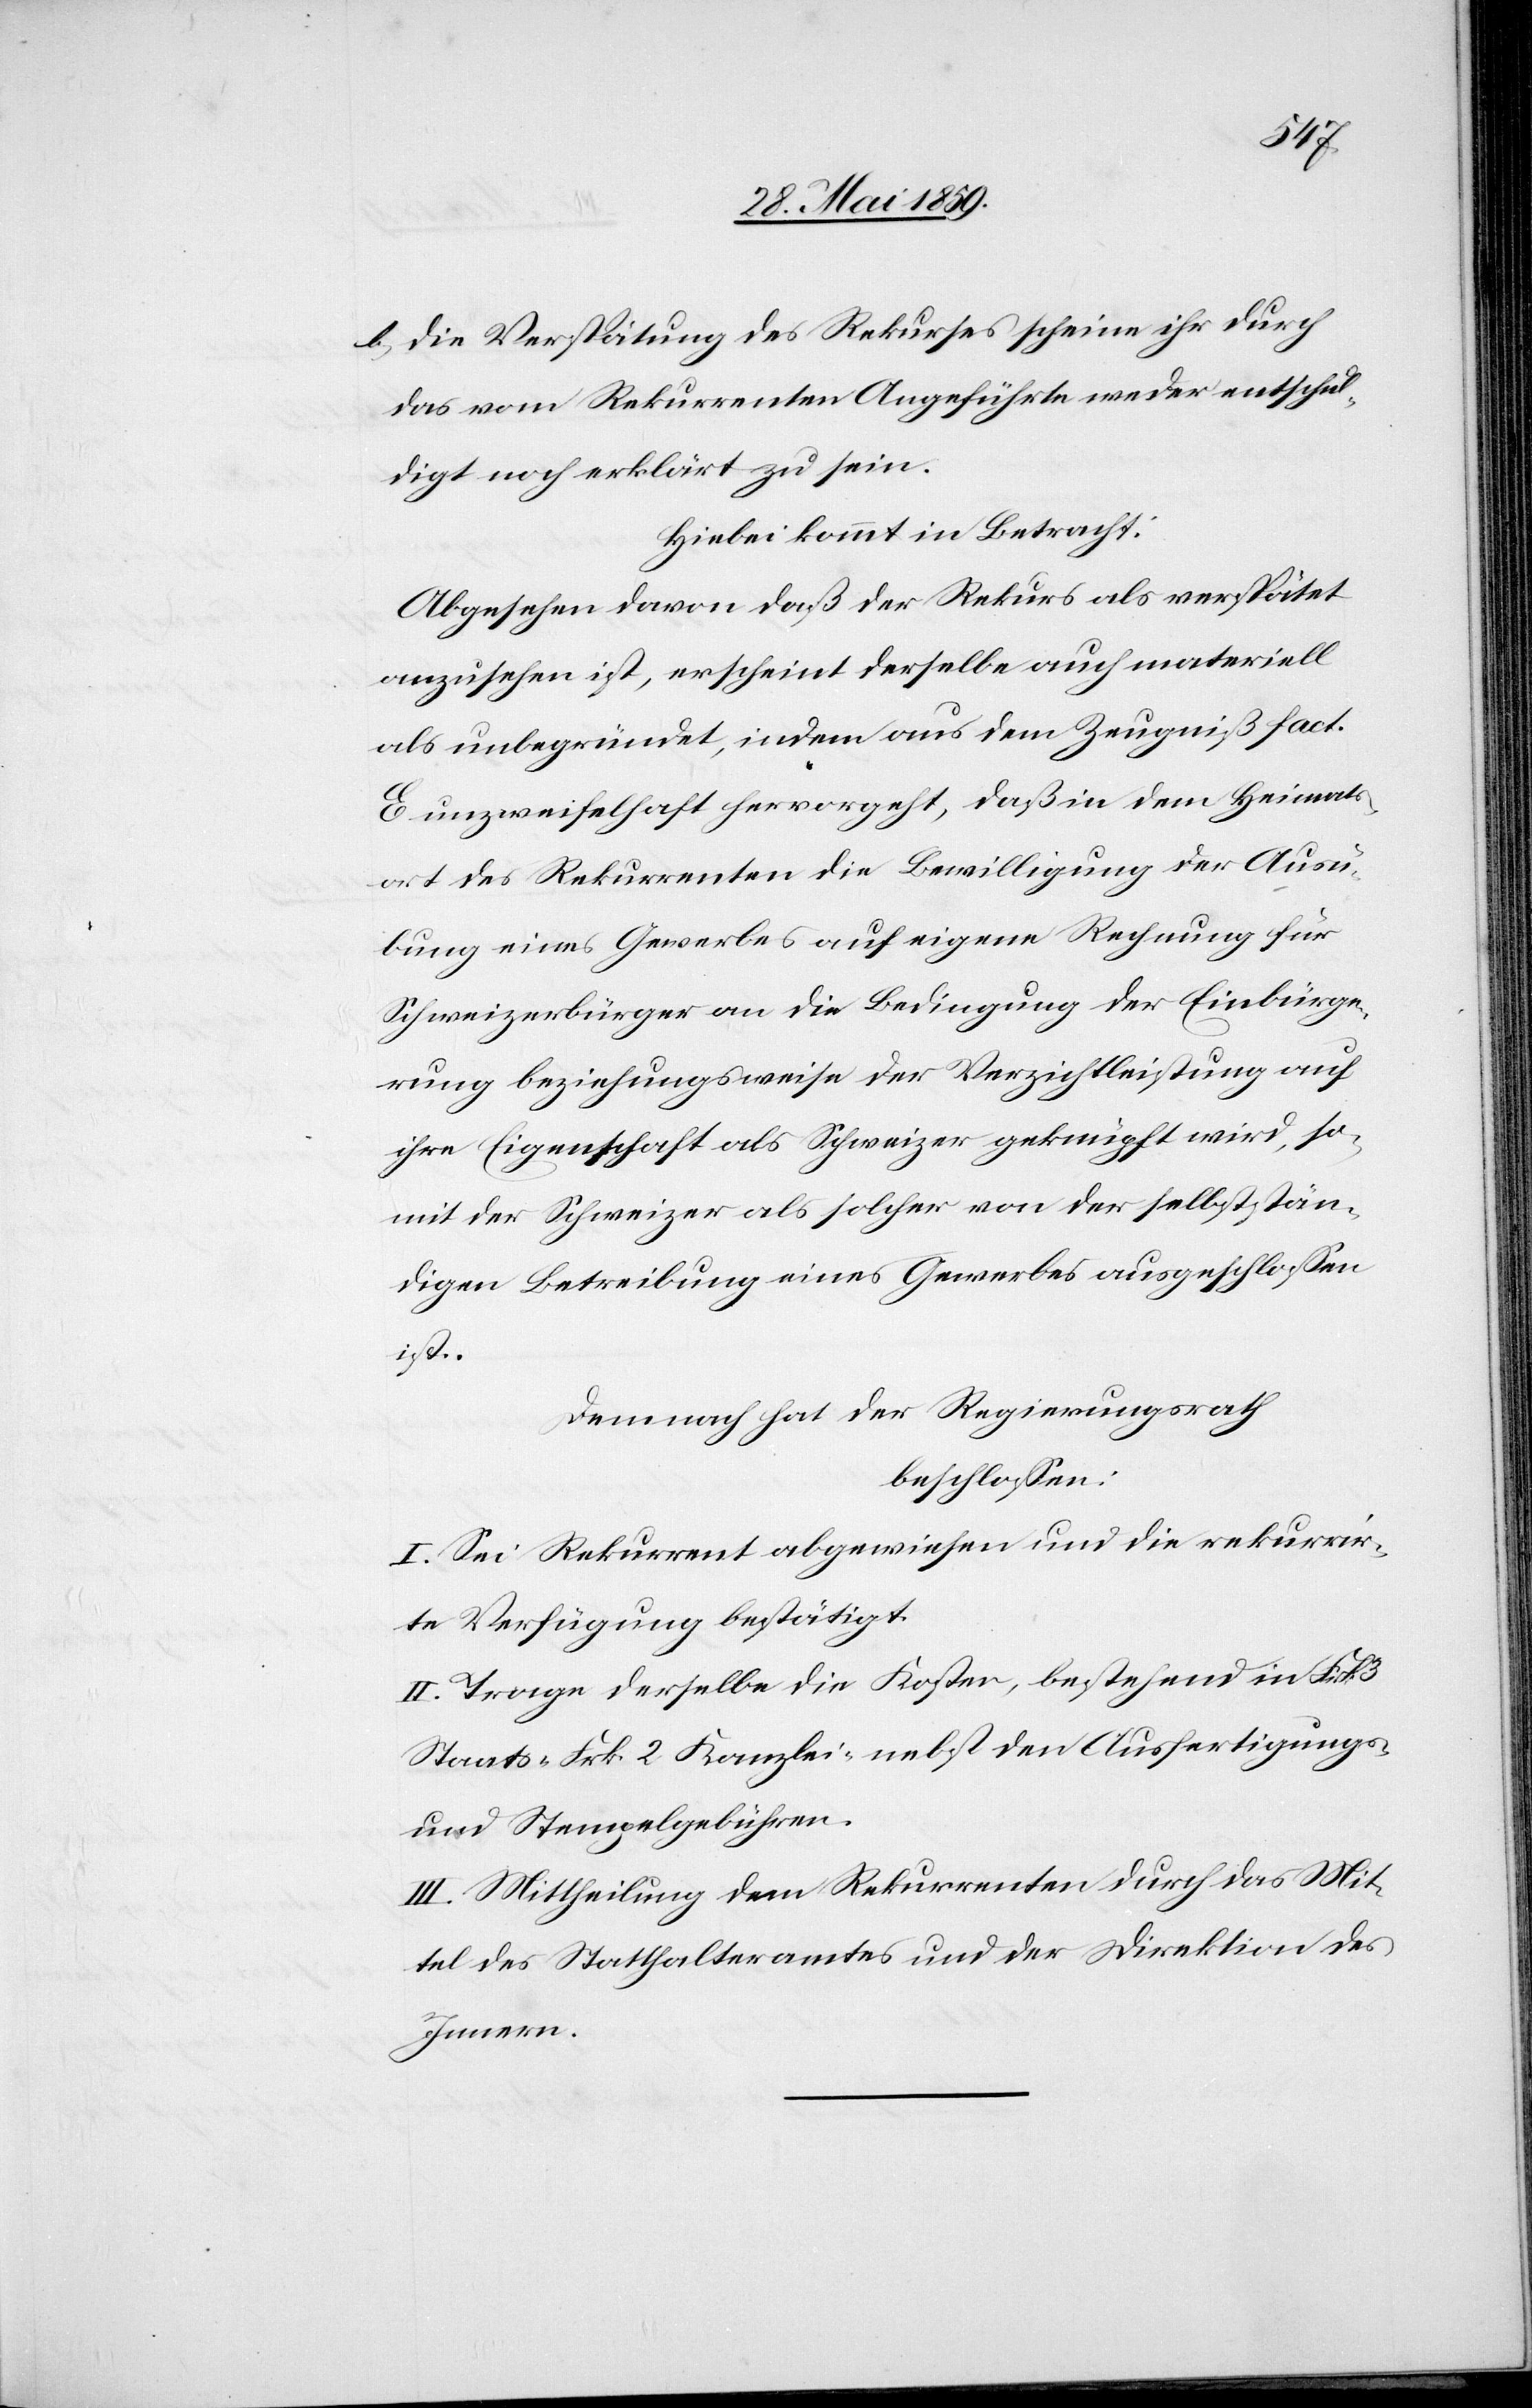
b) die Verspätung des Rekurses scheine ihr durch
das vom Rekurrenten Angeführte weder entschul¬
digt noch erklärt zu sein.
Hiebei kommt in Betracht:
Abgesehen davon daß der Rekurs als verspätet
anzusehen ist, erscheint derselbe auch materiell
als unbegründet, indem aus dem Zeugniß fact.
E unzweifelhaft hervorgeht, daß in dem Heimat¬
ort des Rekurrenten die Bewilligung der Ausü¬
bung eines Gewerbes auf eigene Rechnung für
Schweizerbürger an die Bedingung der Einbürge¬
rung beziehungsweise der Verzichtleistung auf
ihre Eigenschaft als Schweizer geknüpft wird, so¬
mit der Schweizer als solcher von der selbststän¬
digen Betreibung eines Gewerbes ausgeschlossen
ist.
Demnach hat der Regierungsrath
beschlossen:
I. Sei Rekurrent abgewiesen und die rekurrir¬
te Verfügung bestätigt.
II. Trage derselbe die Kosten, bestehend in Frk.
Staats- [,] Frk. 2 Kanzlei- nebst den Ausfertigungs-
und Stempelgebühren.
III. Mittheilung dem Rekurrenten durch das Mit¬
tel des Statthalteramtes und der Direktion des
Innern.